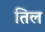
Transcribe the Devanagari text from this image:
तिल